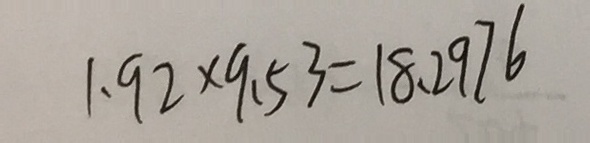
1 . 9 2 \times 9 . 5 3 = 1 8 . 2 9 7 6